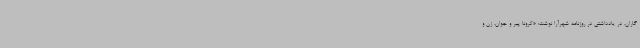
گاران، در یادداشتی در روزنامه شهرآرا نوشت: «کرونا پیر و جوان، زن و